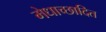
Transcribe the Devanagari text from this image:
मेधाच्छादित